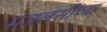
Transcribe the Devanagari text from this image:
मजलसीच्या